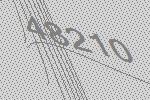
48210